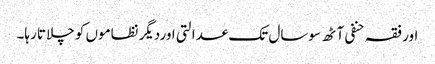
اور فقہ حنفی آٹھ سوسال تک عدالتی اوردیگر نظاموں کو چلاتا رہا۔